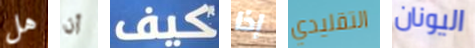
هل أن كيف إذا التقليدي اليونان